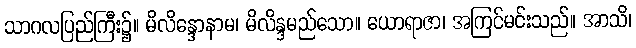
သာဂလပြည်ကြီး၌။ မိလိန္ဒောနာမ၊ မိလိန္ဒမည်သော။ ယောရာဇာ၊ အကြင်မင်းသည်။ အာသိ၊